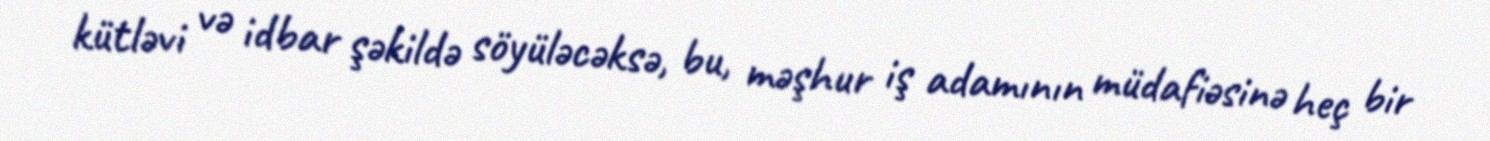
kütləvi və idbar şəkildə söyüləcəksə, bu, məşhur iş adamının müdafiəsinə heç bir